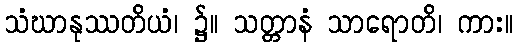
သံဃာနုဿတိယံ၊ ၌။ သတ္တာနံ သာရောတိ၊ ကား။